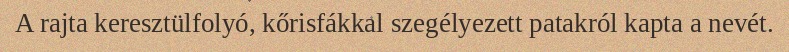
A rajta keresztülfolyó, kőrisfákkal szegélyezett patakról kapta a nevét.